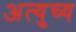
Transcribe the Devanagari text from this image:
अत्युच्य